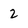
Character: 2